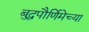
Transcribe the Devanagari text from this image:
बुद्धपौर्णिमेच्या